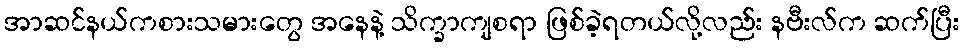
အာဆင်နယ်ကစားသမားတွေ အနေနဲ့ သိက္ခာကျစရာ ဖြစ်ခဲ့ရတယ်လို့လည်း နဗီးလ်က ဆက်ပြီး